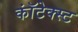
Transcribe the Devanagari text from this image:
कॉंटेक्स्ट